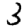
Digit: 3